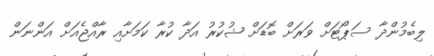
ލިބެމުންދާ ސަޕޯޓަށް ވަރަށް ބޮޑަށް ޝުކުރު އަދާ ކުރާ ކަމަށާއި ރާއްޖެއަށް އަންނަން